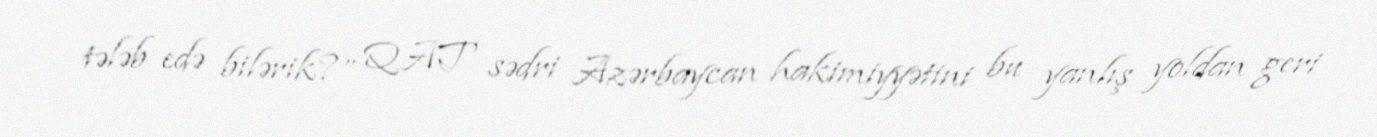
tələb edə bilərik?” QAT sədri Azərbaycan hakimiyyətini bu yanlış yoldan geri